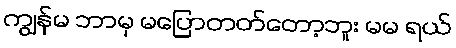
ကျွန်မ ဘာမှ မပြောတတ်တော့ဘူး မမ ရယ်